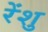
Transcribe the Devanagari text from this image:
रेंशु